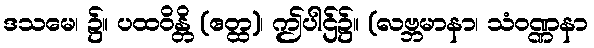
ဒသမေ၊ ၌။ ပထဝိန္တိ (ဧတ္ထ)၊ ဤပါဌ်၌။ (လဗ္ဘမာနာ၊ သံဝဏ္ဏနာ